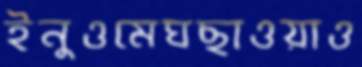
ইনুওমেঘছাওয়াও